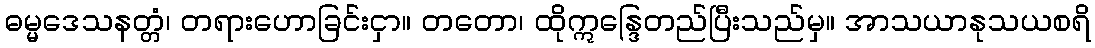
ဓမ္မဒေသနတ္တံ၊ တရားဟောခြင်းငှာ။ တတော၊ ထိုဣန္ဒြေတည်ပြီးသည်မှ။ အာသယာနုသယစရိ